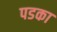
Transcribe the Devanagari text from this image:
पडका